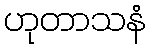
ဟုတာသနံ